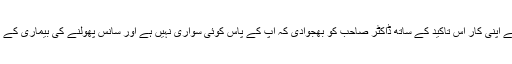
اس موقع پر حضرت مرزا طاہر احمد صاحب (رحمہ اللہ تعالیٰ) نے اپنی کار اس تاکید کے ساتھ ڈاکٹر صاحب کو بھجوادی کہ آپ کے پاس کوئی سواری نہیں ہے اور سانس پھولنے کی بیماری کے باعث آپ پیدل بھی نہیں چل سکتے اس لئے یہ موٹر کار رکھ لیں۔